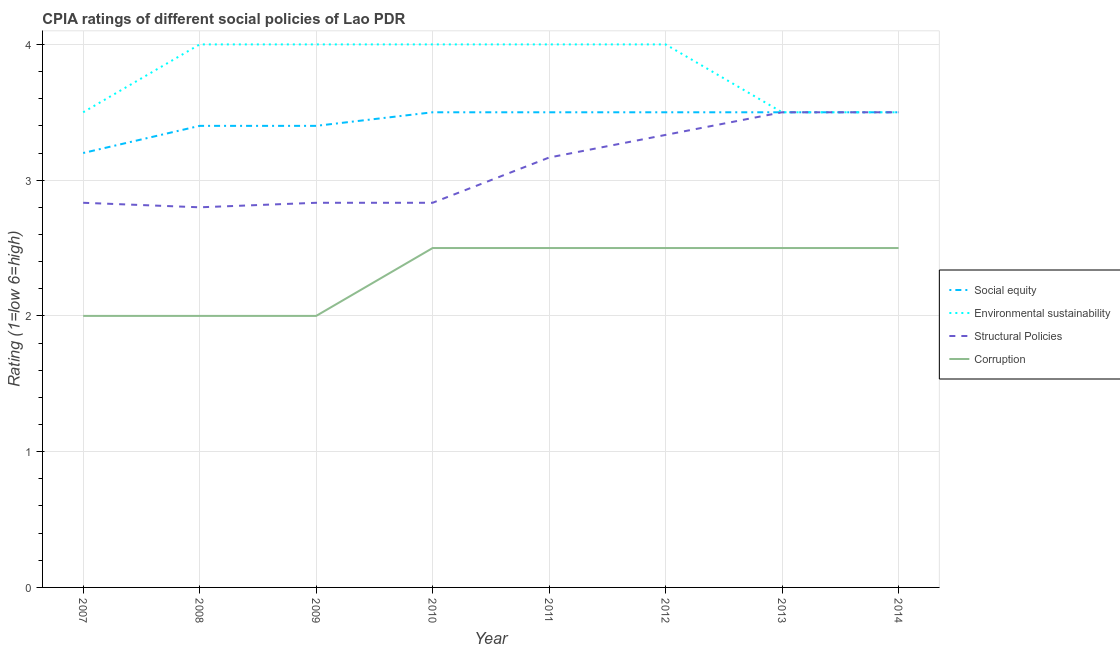
| Year | Social equity | Environmental sustainability | Structural Policies | Corruption |
 | --- | --- | --- | --- | --- |
 | 2007 | 3.2 | 3.5 | 2.83 | 2 |
 | 2008 | 3.4 | 4 | 2.8 | 2 |
 | 2009 | 3.4 | 4 | 2.83 | 2 |
 | 2010 | 3.5 | 4 | 2.83 | 2.5 |
 | 2011 | 3.5 | 4 | 3.17 | 2.5 |
 | 2012 | 3.5 | 4 | 3.33 | 2.5 |
 | 2013 | 3.5 | 3.5 | 3.5 | 2.5 |
 | 2014 | 3.5 | 3.5 | 3.5 | 2.5 |